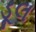
ડૂલ